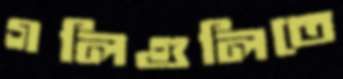
গলিগুলিতে